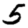
Digit: 5